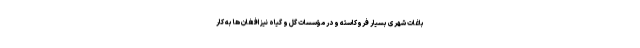
باغات شهری بسیار فروکاسته و در مؤسسات گل و گیاه نیز افغان ها به کار